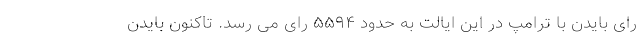
رای بایدن با ترامپ در این ایالت به حدود ۵۵۹۴ رای می رسد. تاکنون بایدن